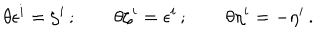
LaTeX: \theta \epsilon ^ { i } = \zeta ^ { i } \, ; \qquad \theta \zeta ^ { i } = \epsilon ^ { i } \, ; \qquad \theta \eta ^ { i } = - \eta ^ { i } \, .